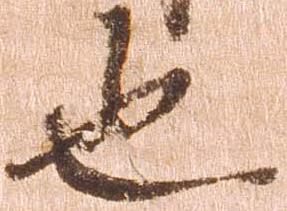
也